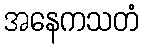
အနေကသတံ